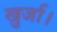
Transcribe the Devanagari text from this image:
खुर्जा।